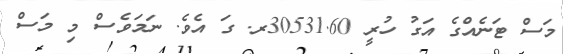
މަސް ޓަނެއްގެ އަގު ހުރީ 30531.60ރ. ގަ އެވެ. ނަމަވެސް މި މަސް